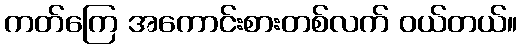
ကတ်ကြေ အကောင်းစားတစ်လက် ဝယ်တယ်။